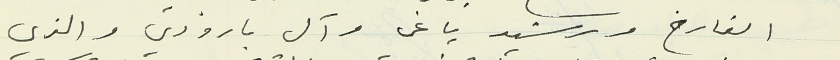
القارح ورشيد ياغي وآل بارودي والذي